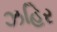
ઝહિર